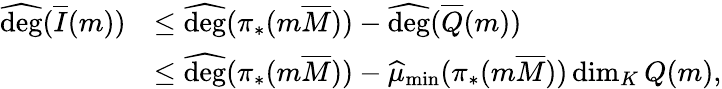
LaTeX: \begin{array}{rl}{\widehat{\mathrm{deg}}(\overline{I}(m))}&{\leq\widehat{\mathrm{deg}}(\pi_{*}(m\overline{M}))-\widehat{\mathrm{deg}}(\overline{Q}(m))}\\ &{\leq\widehat{\mathrm{deg}}(\pi_{*}(m\overline{M}))-\widehat{\mu}_{\operatorname*{min}}(\pi_{*}(m\overline{M}))\dim_{K}Q(m),}\end{array}